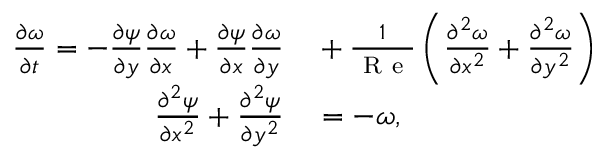
\begin{array} { r l } { \frac { \partial \omega } { \partial t } = - \frac { \partial \psi } { \partial y } \frac { \partial \omega } { \partial x } + \frac { \partial \psi } { \partial x } \frac { \partial \omega } { \partial y } } & { { } + \frac { 1 } { \mathrm { ~ R ~ e ~ } } \left( \frac { \partial ^ { 2 } \omega } { \partial x ^ { 2 } } + \frac { \partial ^ { 2 } \omega } { \partial y ^ { 2 } } \right) } \\ { \frac { \partial ^ { 2 } \psi } { \partial x ^ { 2 } } + \frac { \partial ^ { 2 } \psi } { \partial y ^ { 2 } } } & { { } = - \omega , } \end{array}